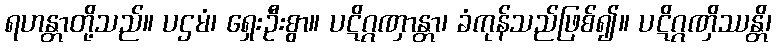
ရဟန္တာတို့သည်။ ပဌမံ၊ ရှေးဦးစွာ။ ပဋိဂ္ဂဏှာန္တာ၊ ခံကုန်သည်ဖြစ်၍။ ပဋိဂ္ဂဏှိဿန္တိ၊